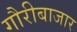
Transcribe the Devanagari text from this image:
गौरीबाजार